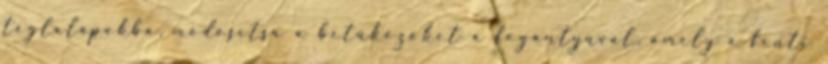
téglalapokba, módosítsa a betűközöket a fogantyúval, amely a fenti